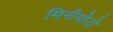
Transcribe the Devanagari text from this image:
मिनीमोटो